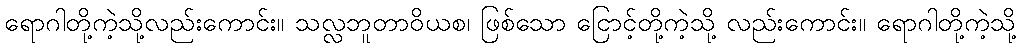
ရောဂါတို့ကဲ့သို့လည်းကောင်း။ သလ္လဘူတာဝိယစ၊ ဖြစ်သော ငြောင့်တို့ကဲ့သို့ လည်းကောင်း။ ရောဂါတို့ကဲ့သို့